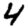
Digit: 4